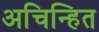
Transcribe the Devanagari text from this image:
अचिन्हित